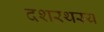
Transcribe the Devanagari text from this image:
दशरथस्य